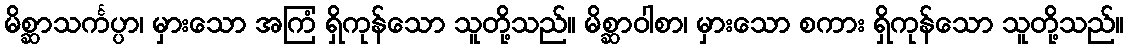
မိစ္ဆာသင်္ကပ္ပာ၊ မှားသော အကြံ ရှိကုန်သော သူတို့သည်။ မိစ္ဆာဝါစာ၊ မှားသော စကား ရှိကုန်သော သူတို့သည်။